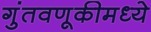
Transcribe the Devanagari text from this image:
गुंतवणूकीमध्ये